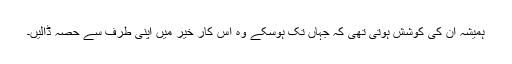
ہمیشہ ان کی کوشش ہوتی تھی کہ جہاں تک ہوسکے وہ اس کار خیر میں اپنی طرف سے حصہ ڈالیں۔